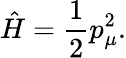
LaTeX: {\hat{H}}=\frac{1}{2}p_{\mu}^{2}.